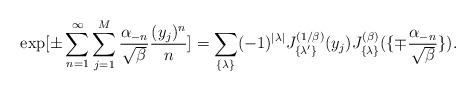
LaTeX: \begin{align*}\exp [\pm \sum_{n=1}^{\infty} \sum_{j=1}^{M} { \alpha_{-n}\over \sqrt{\beta}} {(y_j)^n \over n}]= \sum_{\{ \lambda \} } (-1)^{|\lambda|}J_{\{ \lambda'\} }^{(1/\beta)}(y_j)J_{\{ \lambda \} }^{(\beta)}(\{ \mp {\alpha_{-n} \over \sqrt{\beta}} \} ).\end{align*}